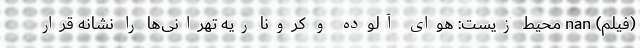
(فیلم) nan محیط زیست: هوای آلوده و کرونا ریه تهرانی‌ها را نشانه قرار